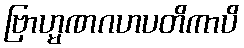
ဗြာဟ္မဏဂဟပတိကာပိ